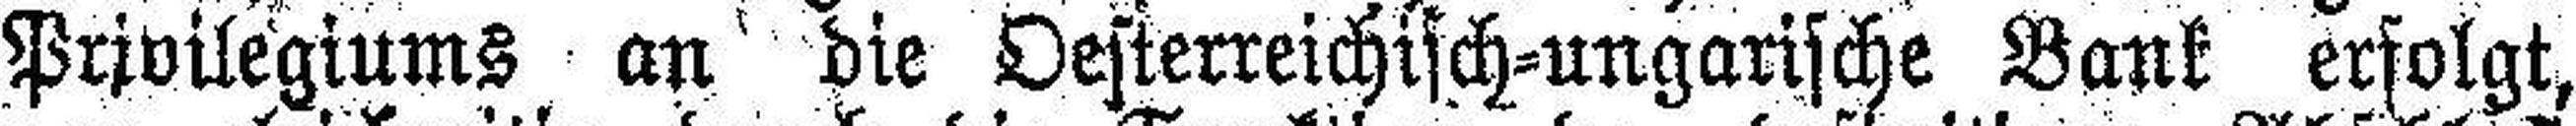
Privilegiums an die Oesterreichisch=ungarische Bank erfolgt,